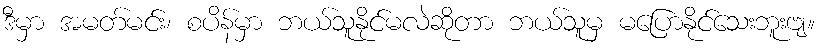
ဒီမှာ အမတ်မင်း၊ စပိန်မှာ ဘယ်သူနိုင်မလဲဆိုတာ ဘယ်သူမှ မပြောနိုင်သေးဘူးဗျ။